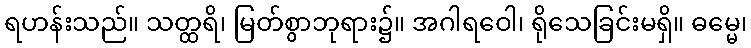
ရဟန်းသည်။ သတ္ထရိ၊ မြတ်စွာဘုရား၌။ အဂါရဝေါ၊ ရိုသေခြင်းမရှိ။ ဓမ္မေ၊